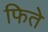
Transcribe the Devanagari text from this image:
फिते